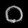
Digit: ၀